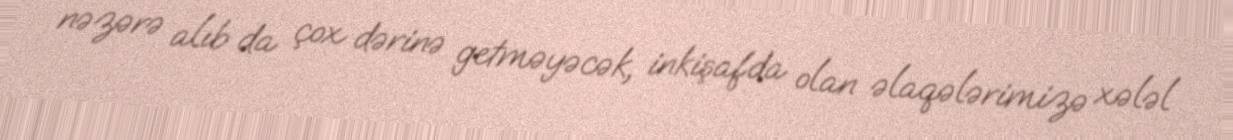
nəzərə alıb da çox dərinə getməyəcək, inkişafda olan əlaqələrimizə xələl